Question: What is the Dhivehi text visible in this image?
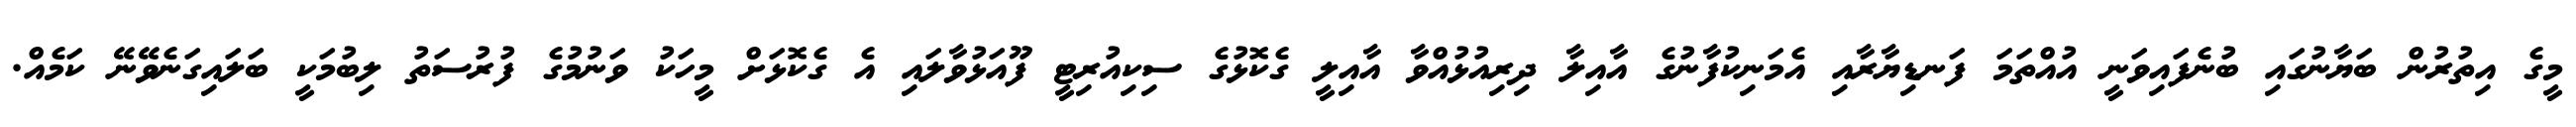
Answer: މީގެ އިތުރުން ބަޔާނުގައި ބުނެފައިވަނީ އުއްތަމަ ފަނޑިޔާރާއި އެމަނިކުފާނުގެ އާއިލާ ދިރިއުޅުއްވާ އާއިލީ ގެކޮޅުގެ ސިކިއުރިޓީ ފޫއަޅުވާލައި އެ ގެކޮޅަށް މީހަކު ވަނުމުގެ ފުރުސަތު ލިބުމަކީ ބަލައިގަނެވޭނޭ ކަމެއް.